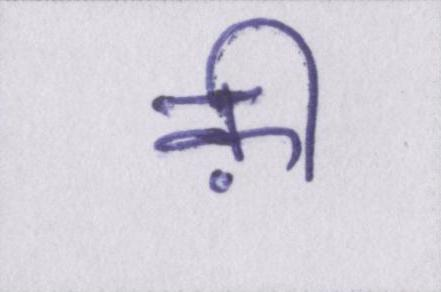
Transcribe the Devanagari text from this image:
क़ी